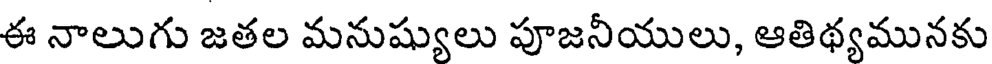
ఈ నాలుగు జతల మనుష్యులు పూజనీయులు, ఆతిథ్యమునకు